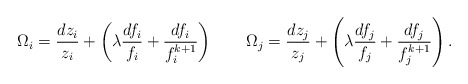
\begin{align*}\Omega_i = \frac{dz_i}{z_i} + \left( \lambda\frac{df_i}{f_i} + \frac{df_i}{f_i^{k+1}} \right)\ \ \ \ \ \ \Omega_j = \frac{dz_j}{z_j} + \left( \lambda\frac{df_j}{f_j} + \frac{df_j}{f_j^{k+1}} \right).\end{align*}